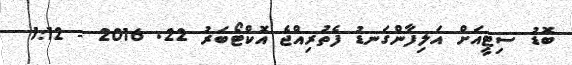
ބޮޑު ސިޓީއަށް އަލިފާންގަނޑު ފެތުރިއްޖެ އޮކްޓޯބަރު 22